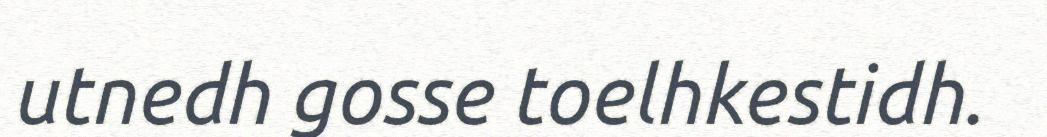
utnedh gosse toelhkestidh.